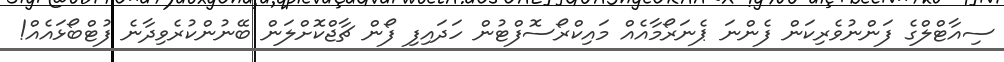
ސިއާޓްލްގެ ފަންނުވެރިކަން ފެންނަ ޕެނަރޯމާއެއް މައިކްރޯސޮފްޓުން ހަދައިފި ފޯން ޗާޖްކޮށްލަން ބޭނުންކުރެވިދާނެ ފުޓްބޯޅައެއް!